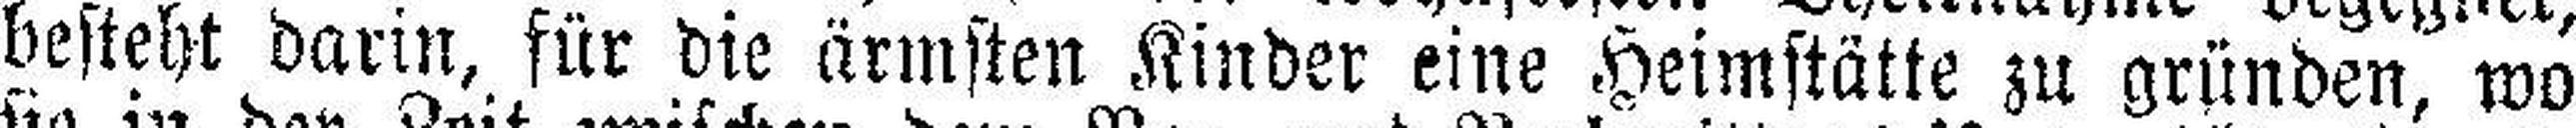
besteht darin, für die ärmsten Kinder eine Heimstätte zu gründen, wo